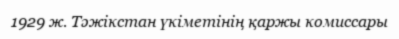
1929 ж. Тәжікстан үкіметінің қаржы комиссары